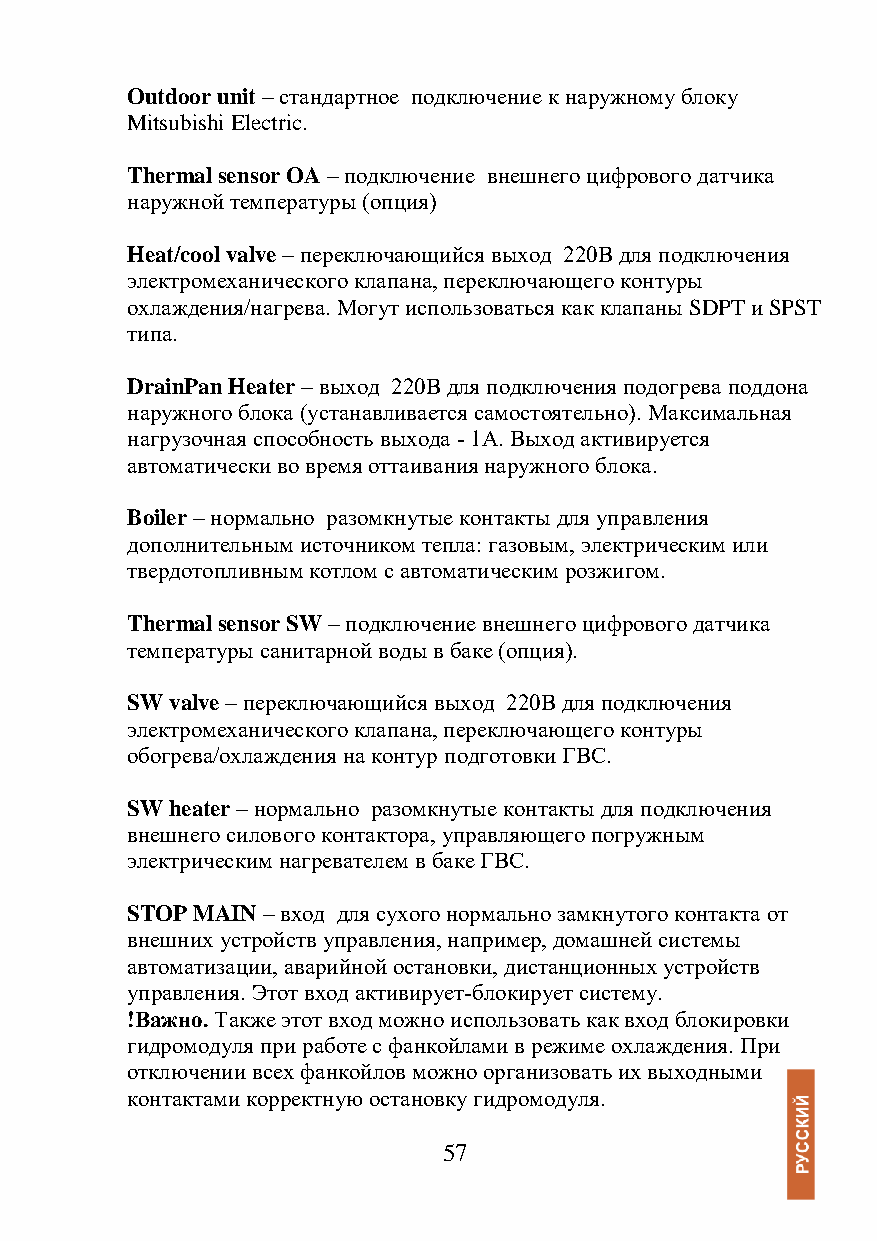
Outdoor unit – стандартное подключение к наружному блоку
 Mitsubishi Electric.
 Thermal sensor OA – подключение внешнего цифрового датчика
 наружной температуры (опция)
 Heat/cool valve – переключающийся выход 220В для подключения
 электромеханического клапана, переключающего контуры
 охлаждения/нагрева. Могут использоваться как клапаны SDPT и SPST
 типа.
 DrainPan Heater – выход 220В для подключения подогрева поддона
 наружного блока (устанавливается самостоятельно). Максимальная
 нагрузочная способность выхода - 1А. Выход активируется
 автоматически во время оттаивания наружного блока.
 Boiler – нормально разомкнутые контакты для управления
 дополнительным источником тепла: газовым, электрическим или
 твердотопливным котлом с автоматическим розжигом.
 Thermal sensor SW – подключение внешнего цифрового датчика
 температуры санитарной воды в баке (опция).
 SW valve – переключающийся выход 220В для подключения
 электромеханического клапана, переключающего контуры
 обогрева/охлаждения на контур подготовки ГВС.
 SW heater – нормально разомкнутые контакты для подключения
 внешнего силового контактора, управляющего погружным
 электрическим нагревателем в баке ГВС.
 STOP MAIN – вход для сухого нормально замкнутого контакта от
 внешних устройств управления, например, домашней системы
 автоматизации, аварийной остановки, дистанционных устройств
 управления. Этот вход активирует-блокирует систему.
 !Важно. Также этот вход можно использовать как вход блокировки
 гидромодуля при работе с фанкойлами в режиме охлаждения. При
 отключении всех фанкойлов можно организовать их выходными
 контактами корректную остановку гидромодуля.
 57